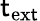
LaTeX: \mathsf{t}_{\mathrm{{ex\mathsf{t}}}}